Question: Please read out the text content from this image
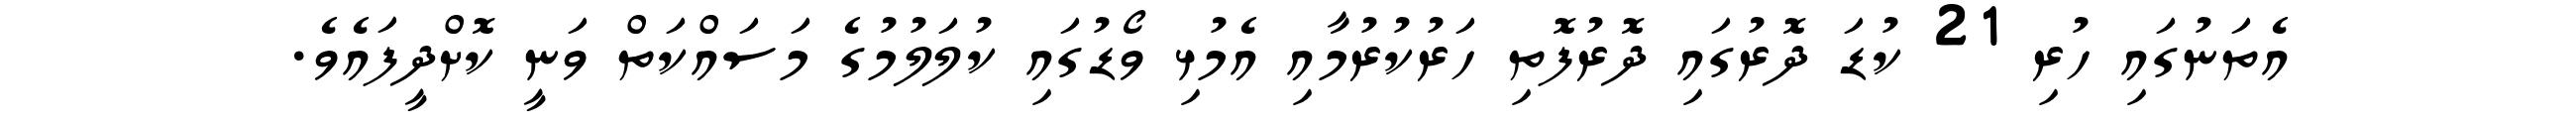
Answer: އެތަނުގައި ހުރި 21 ކުޑަ ދޮރުގައި ދޮރުފޮތި ހަރުކުރުމާއި އެމުޅި ވޯޑުގައި ކުލަލުމުގެ މަސައްކަތް ވަނީ ކޮށްދީފައެވެ.